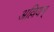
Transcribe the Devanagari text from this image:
अल्लियम्